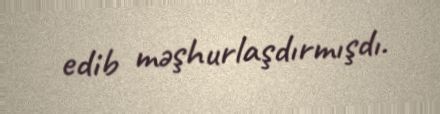
edib məşhurlaşdırmışdı.